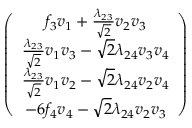
\left( \begin{array} { c } { { f _ { 3 } v _ { 1 } + \frac { \lambda _ { 2 3 } } { \sqrt { 2 } } v _ { 2 } v _ { 3 } } } \\ { { \frac { \lambda _ { 2 3 } } { \sqrt { 2 } } v _ { 1 } v _ { 3 } - \sqrt { 2 } \lambda _ { 2 4 } v _ { 3 } v _ { 4 } } } \\ { { \frac { \lambda _ { 2 3 } } { \sqrt { 2 } } v _ { 1 } v _ { 2 } - \sqrt { 2 } \lambda _ { 2 4 } v _ { 2 } v _ { 4 } } } \\ { { - 6 f _ { 4 } v _ { 4 } - \sqrt { 2 } \lambda _ { 2 4 } v _ { 2 } v _ { 3 } } } \end{array} \right)